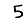
Digit: 5